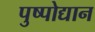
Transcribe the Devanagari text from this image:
पुष्पोद्यान